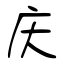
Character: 庆